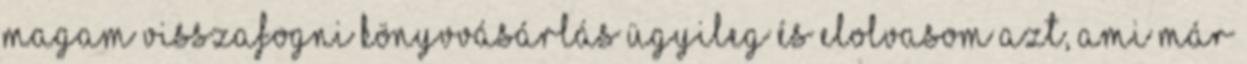
magam visszafogni könyvvásárlás ügyileg és elolvasom azt, ami már